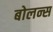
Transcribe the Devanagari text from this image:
बोलन्स